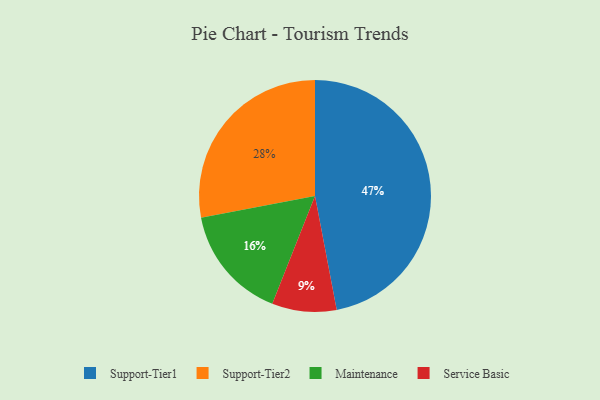
{"axis": {"x": "Category", "y": "Percentage"}, "legend": ["Maintenance", "Service Basic", "Support-Tier1", "Support-Tier2"], "data": [{"x": "Maintenance", "y": 16, "type": "Maintenance"}, {"x": "Support-Tier2", "y": 28, "type": "Support-Tier2"}, {"x": "Support-Tier1", "y": 47, "type": "Support-Tier1"}, {"x": "Service Basic", "y": 9, "type": "Service Basic"}]}